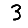
Digit: 3